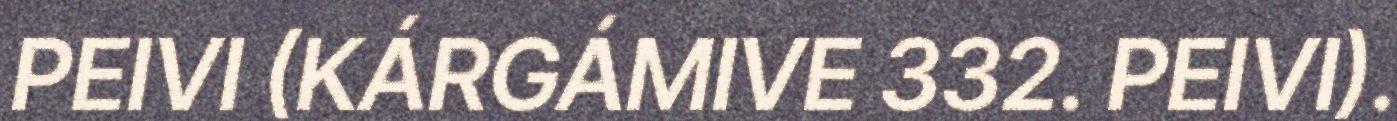
PEIVI (KÁRGÁMIVE 332. PEIVI).